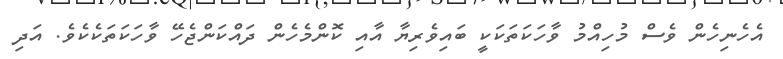
އެހެނިހެން ވެސް މުހިއްމު ވާހަކަތަކަކީ ބައިވެރިޔާ އާއި ކޮންމެހެން ދައްކަންޖެހޭ ވާހަކަތަކެކެވެ. އަދި